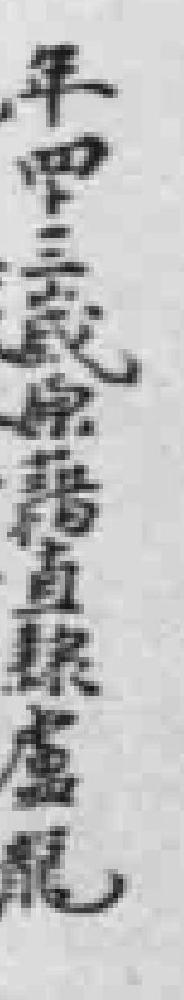
年四十三歲原籍直隸盧龍